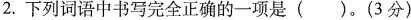
2.下列词语中书写完全正确的一项是()。(3分)